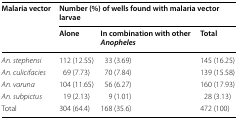
| <ROWSPAN=2> Malaria vector | <COLSPAN=3> Number (%) of wells found with malaria vector larvae |
 | Alone | In combination with other Anopheles | Total |
 | --- | --- | --- | --- |
 | An. stephensi | 112 (12.55) | 33 (3.69) | 145 (16.25) |
 | An. culicifacies | 69 (7.73) | 70 (7.84) | 139 (15.58) |
 | An. varuna | 104 (11.65) | 56 (6.27) | 160 (17.93) |
 | An. subpictus | 19 (2.13) | 9 (1.01) | 28 (3.13) |
 | Total | 304 (64.4) | 168 (35.6) | 472 (100) |